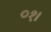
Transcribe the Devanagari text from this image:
०१।